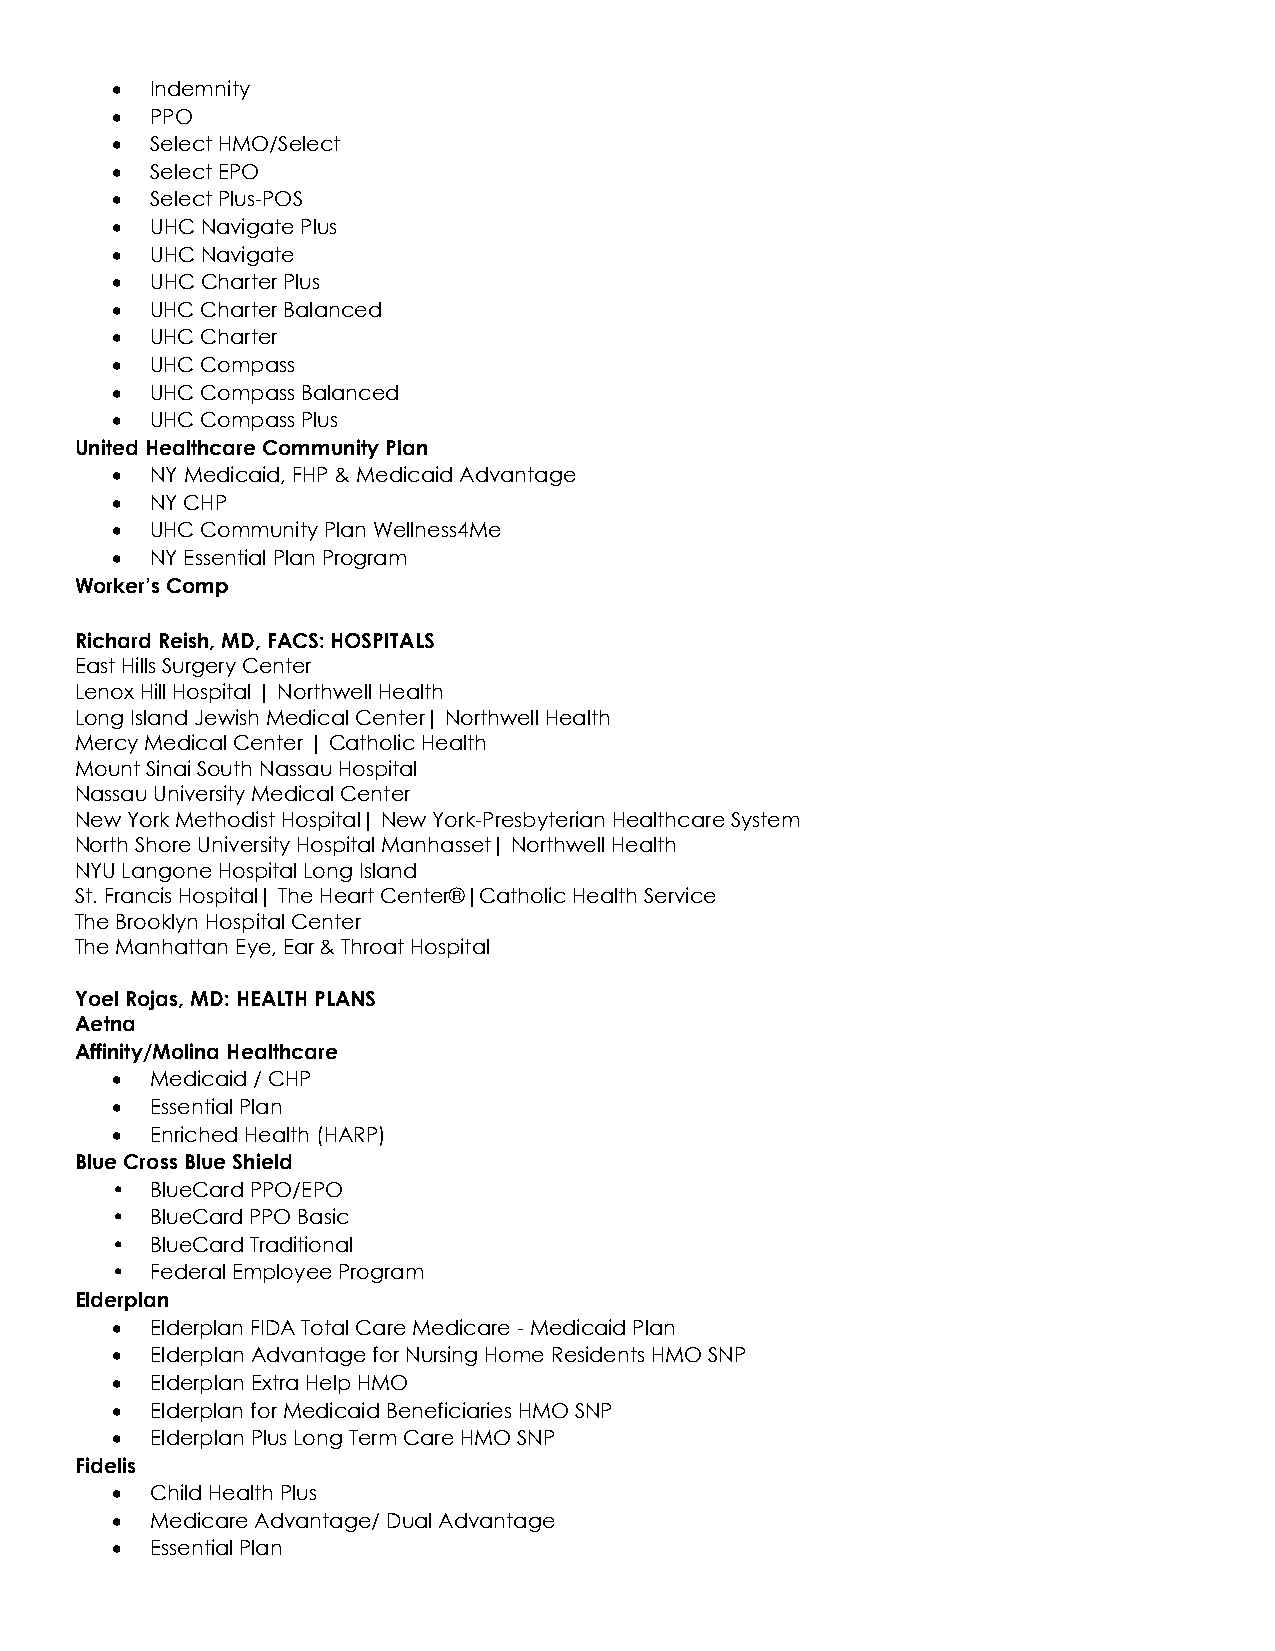
•  Indemnity
 •  PPO
 •  Select HMO/Select
 •  Select EPO
 •  Select Plus-POS
 •  UHC Navigate Plus
 •  UHC Navigate
 •  UHC Charter Plus
 •  UHC Charter Balanced
 •  UHC Charter
 •  UHC Compass
 •  UHC Compass Balanced
 •  UHC Compass Plus
 United Healthcare Community Plan
 •  NY Medicaid, FHP & Medicaid Advantage
 •  NY CHP
 •  UHC Community Plan Wellness4Me
 •  NY Essential Plan Program
 Worker’s Comp
 Richard Reish, MD, FACS: HOSPITALS
 East Hills Surgery Center
 Lenox Hill Hospital | Northwell Health
 Long Island Jewish Medical Center| Northwell Health
 Mercy Medical Center | Catholic Health
 Mount Sinai South Nassau Hospital
 Nassau University Medical Center
 New York Methodist Hospital| New York-Presbyterian Healthcare System
 North Shore University Hospital Manhasset| Northwell Health
 NYU Langone Hospital Long Island
 St. Francis Hospital| The Heart Center®|Catholic Health Service
 The Brooklyn Hospital Center
 The Manhattan Eye, Ear & Throat Hospital
 Yoel Rojas, MD: HEALTH PLANS
 Aetna
 Affinity/Molina Healthcare
 •  Medicaid / CHP
 •  Essential Plan
 •  Enriched Health (HARP)
 Blue Cross Blue Shield
 •  BlueCard PPO/EPO
 •  BlueCard PPO Basic
 •  BlueCard Traditional
 •  Federal Employee Program
 Elderplan
 •  Elderplan FIDA Total Care Medicare - Medicaid Plan
 •  Elderplan Advantage for Nursing Home Residents HMO SNP
 •  Elderplan Extra Help HMO
 •  Elderplan for Medicaid Beneficiaries HMO SNP
 •  Elderplan Plus Long Term Care HMO SNP
 Fidelis
 •  Child Health Plus
 •  Medicare Advantage/ Dual Advantage
 •  Essential Plan